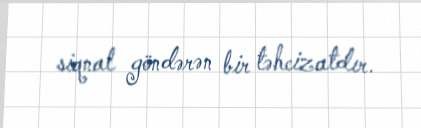
siqnal göndərən bir təhcizatdır.